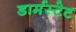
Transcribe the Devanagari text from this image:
डार्मस्टेट